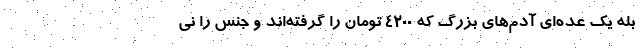
بله یک عده‌ای آدم‌های بزرگ که 4200 تومان را گرفته‌اند و جنس را نی